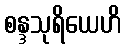
စန္ဒသုရိယေဟိ